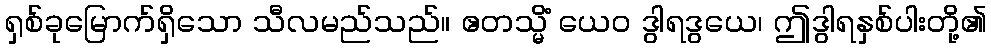
ရှစ်ခုမြောက်ရှိသော သီလမည်သည်။ ဧတသ္မိံ ယေဝ ဒွါရဒွယေ၊ ဤဒွါရနှစ်ပါးတို့၏